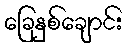
ခြေနှစ်ချောင်း